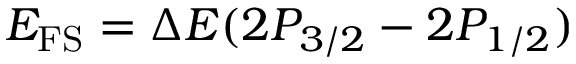
E _ { \mathrm { F S } } = \Delta E ( 2 P _ { 3 / 2 } - 2 P _ { 1 / 2 } )